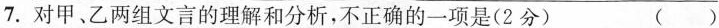
7. 对甲、乙两组文言的理解和分析，不正确的一项是(2分) （ ）